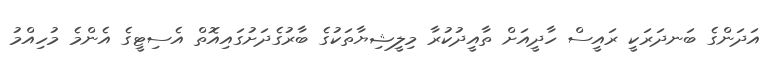
އަދަންގެ ބަނދަރަކީ ރައީސް ހާދީއަށް ތާއީދުކުރާ މިލީޝިޔާތަކުގެ ބާރުގެދަށުގައިއޮތް އެސިޓީގެ އެންމެ މުހިއްމު